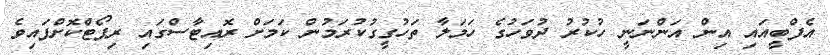
އެފްބީއައި އިން އަންނަނީ ހުކުރު ދުވަހުގެ ހަމަލާ ތަހުގީގުކުރަމުން ކަމަށް ރޮއިޓާސްގައި ރިޕޯޓްކޮށްފައިވެ